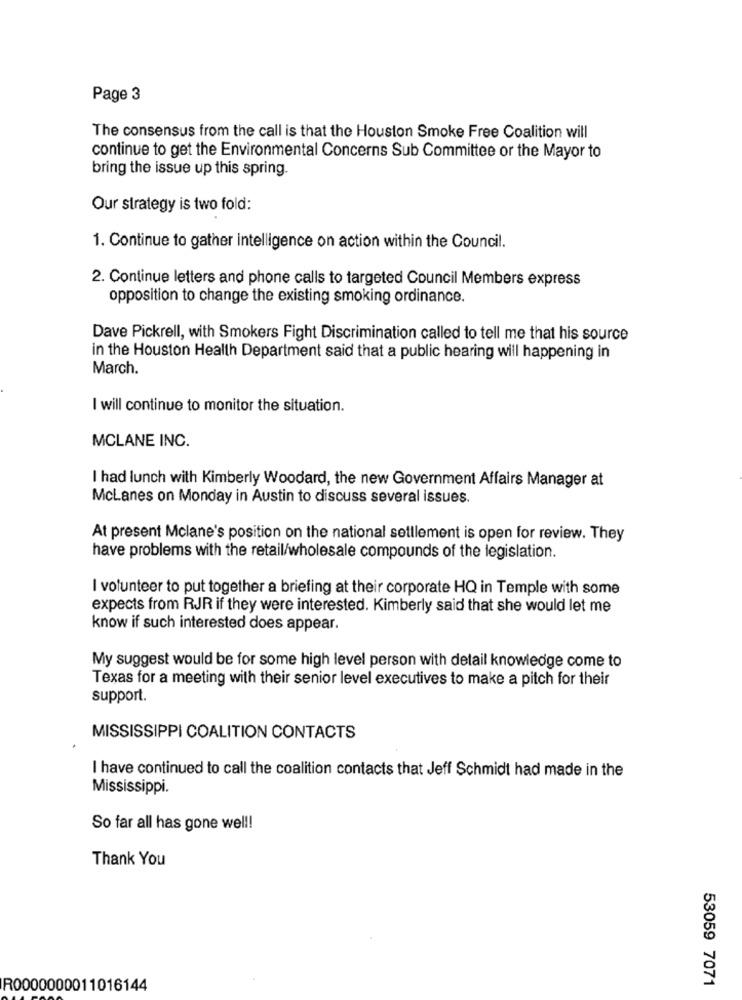
Page 3
The consensus from the call is that the Houston Smoke Free Coalition will
continue to get the Environmental Concerns Sub Committee or the Mayor to
bring the issue up this spring.
Our strategy is two fold:
1. Continue to gather intelligence on action within the Council.
2. Continue letters and phone calls to targeted Council Members express
opposition to change the existing smoking ordinance.
Dave Pickrell, with Smokers Fight Discrimination called to tell me that his source
in the Houston Health Department said that a public hearing will happening in
March.
I will continue to monitor the situation.
MCLANE INC.
I had lunch with Kimberly Woodard, the new Government Affairs Manager at
McLanes on Monday in Austin to discuss several issues.
At present Mclane's position on the national settlement is open for review. They
have problems with the retail/wholesale compounds of the legislation.
I volunteer to put together a briefing at their corporate HQ in Temple with some
expects from RJR if they were interested. Kimberly said that she would let me
know if such interested does appear.
My suggest would be for some high level person with detail knowledge come to
Texas for a meeting with their senior level executives to make a pitch for their
support.
MISSISSIPPI COALITION CONTACTS
I have continued to call the coalition contacts that Jeff Schmidt had made in the
Mississippi.
So far all has gone well!
Thank You
53059 7071
R0000000011016144